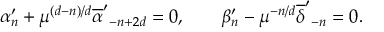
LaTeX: \alpha _ { n } ^ { \prime } + \mu ^ { ( d - n ) / d } { \overline { { \alpha } } ^ { \prime } } _ { - n + 2 d } = 0 , \qquad \beta _ { n } ^ { \prime } - \mu ^ { - n / d } { \overline { { \delta } } ^ { \prime } } _ { - n } = 0 .